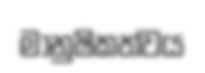
මානුෂිකත්වය